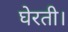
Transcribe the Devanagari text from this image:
घेरती।